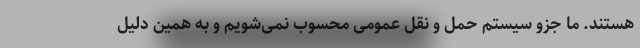
هستند. ما جزو سیستم حمل و نقل عمومی محسوب نمی‌شویم و به همین دلیل